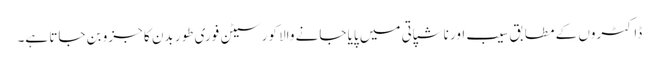
ڈاکٹروں کے مطابق سیب اور ناشپاتی میں پایا جانے والا کورسیٹن فوری طور بدن کا جزو بن جاتا ہے۔